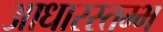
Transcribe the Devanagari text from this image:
आधारस्तम्भ